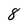
Character: 8